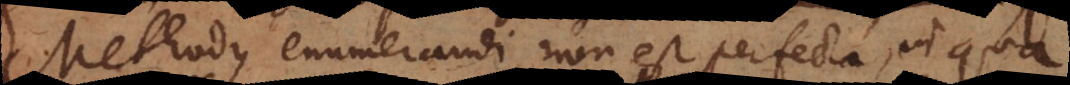
Methodus enumerandi non est perfecta, in qua